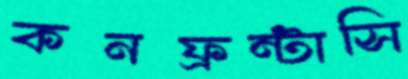
কনফ্রন্টাসি